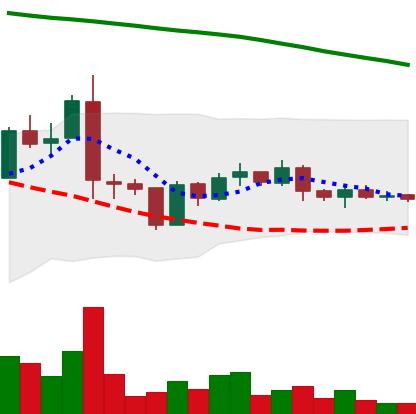
Ticker: ADA-USD
Chart end date: 2019-01-25
Forward return: -7.109%
Label: down_7plus